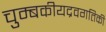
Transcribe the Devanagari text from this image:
चुम्बकीयद्रवगतिकी